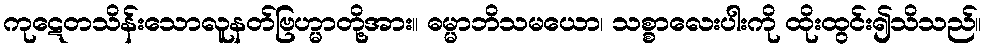
ကုဋေတသိန်းသောလူနတ်ဗြဟ္မာတို့အား။ ဓမ္မာဘိသမယော၊ သစ္စာလေးပါးကို ထိုးထွင်း၍သိသည်။